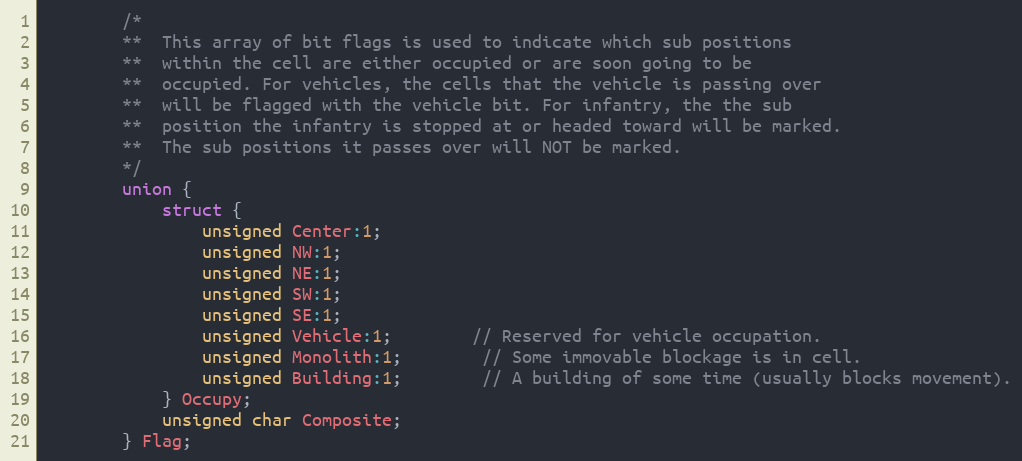
Language: C
		/*
		**	This array of bit flags is used to indicate which sub positions
		**	within the cell are either occupied or are soon going to be
		**	occupied. For vehicles, the cells that the vehicle is passing over
		**	will be flagged with the vehicle bit. For infantry, the the sub
		**	position the infantry is stopped at or headed toward will be marked.
		**	The sub positions it passes over will NOT be marked.
		*/
		union {
			struct {
				unsigned Center:1;
				unsigned NW:1;
				unsigned NE:1;
				unsigned SW:1;
				unsigned SE:1;
				unsigned Vehicle:1;		// Reserved for vehicle occupation.
				unsigned Monolith:1;		// Some immovable blockage is in cell.
				unsigned Building:1;		// A building of some time (usually blocks movement).
			} Occupy;
			unsigned char Composite;
		} Flag;